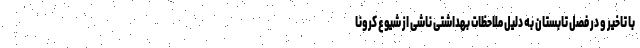
با تاخیر و در فصل تابستان به دلیل ملاحظات بهداشتی ناشی از شیوع کرونا